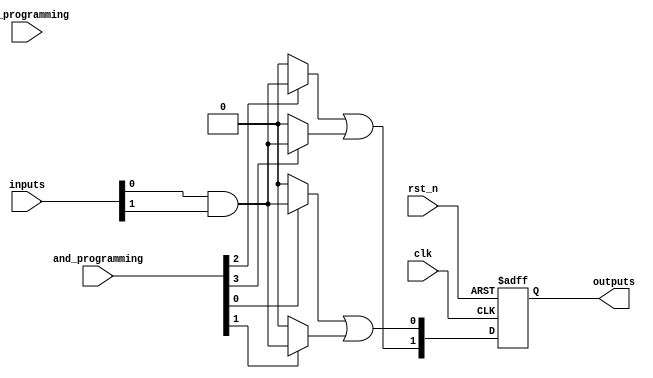
module RPAL #(
    parameter NUM_AND_GATES = 4, // Number of AND gates
    parameter NUM_OR_GATES = 2,   // Number of OR gates
    parameter NUM_INPUTS = 8,     // Number of inputs
    parameter NUM_REGISTERS = 2   // Number of output registers
)(
    input wire clk,                // Clock signal
    input wire rst_n,              // Active low reset
    input wire [NUM_INPUTS-1:0] inputs, // Primary inputs
    input wire [NUM_AND_GATES-1:0] and_programming, // Programming for AND gates
    input wire [NUM_OR_GATES-1:0] or_programming,  // Programming for OR gates
    output reg [NUM_REGISTERS-1:0] outputs // Registered outputs
);

// Internal signals
wire [NUM_AND_GATES-1:0] and_outputs; // Outputs from AND gates
wire [NUM_OR_GATES-1:0] or_outputs;    // Outputs from OR gates

// AND Gate Array
genvar i;
generate
    for (i = 0; i < NUM_AND_GATES; i = i + 1) begin : and_gate_array
        assign and_outputs[i] = (and_programming[i]) ? (inputs[0] & inputs[1]) : 1'b0; // Example logic
    end
endgenerate

// OR Gate Array
assign or_outputs[0] = and_outputs[0] | and_outputs[1]; // Example OR logic
assign or_outputs[1] = and_outputs[2] | and_outputs[3]; // Example OR logic

// Registering Outputs
always @(posedge clk or negedge rst_n) begin
    if (!rst_n) begin
        outputs <= 0; // Reset outputs
    end else begin
        outputs[0] <= or_outputs[0]; // Register first OR output
        outputs[1] <= or_outputs[1]; // Register second OR output
    end
end

endmodule